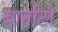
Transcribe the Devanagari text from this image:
बार्नाटो